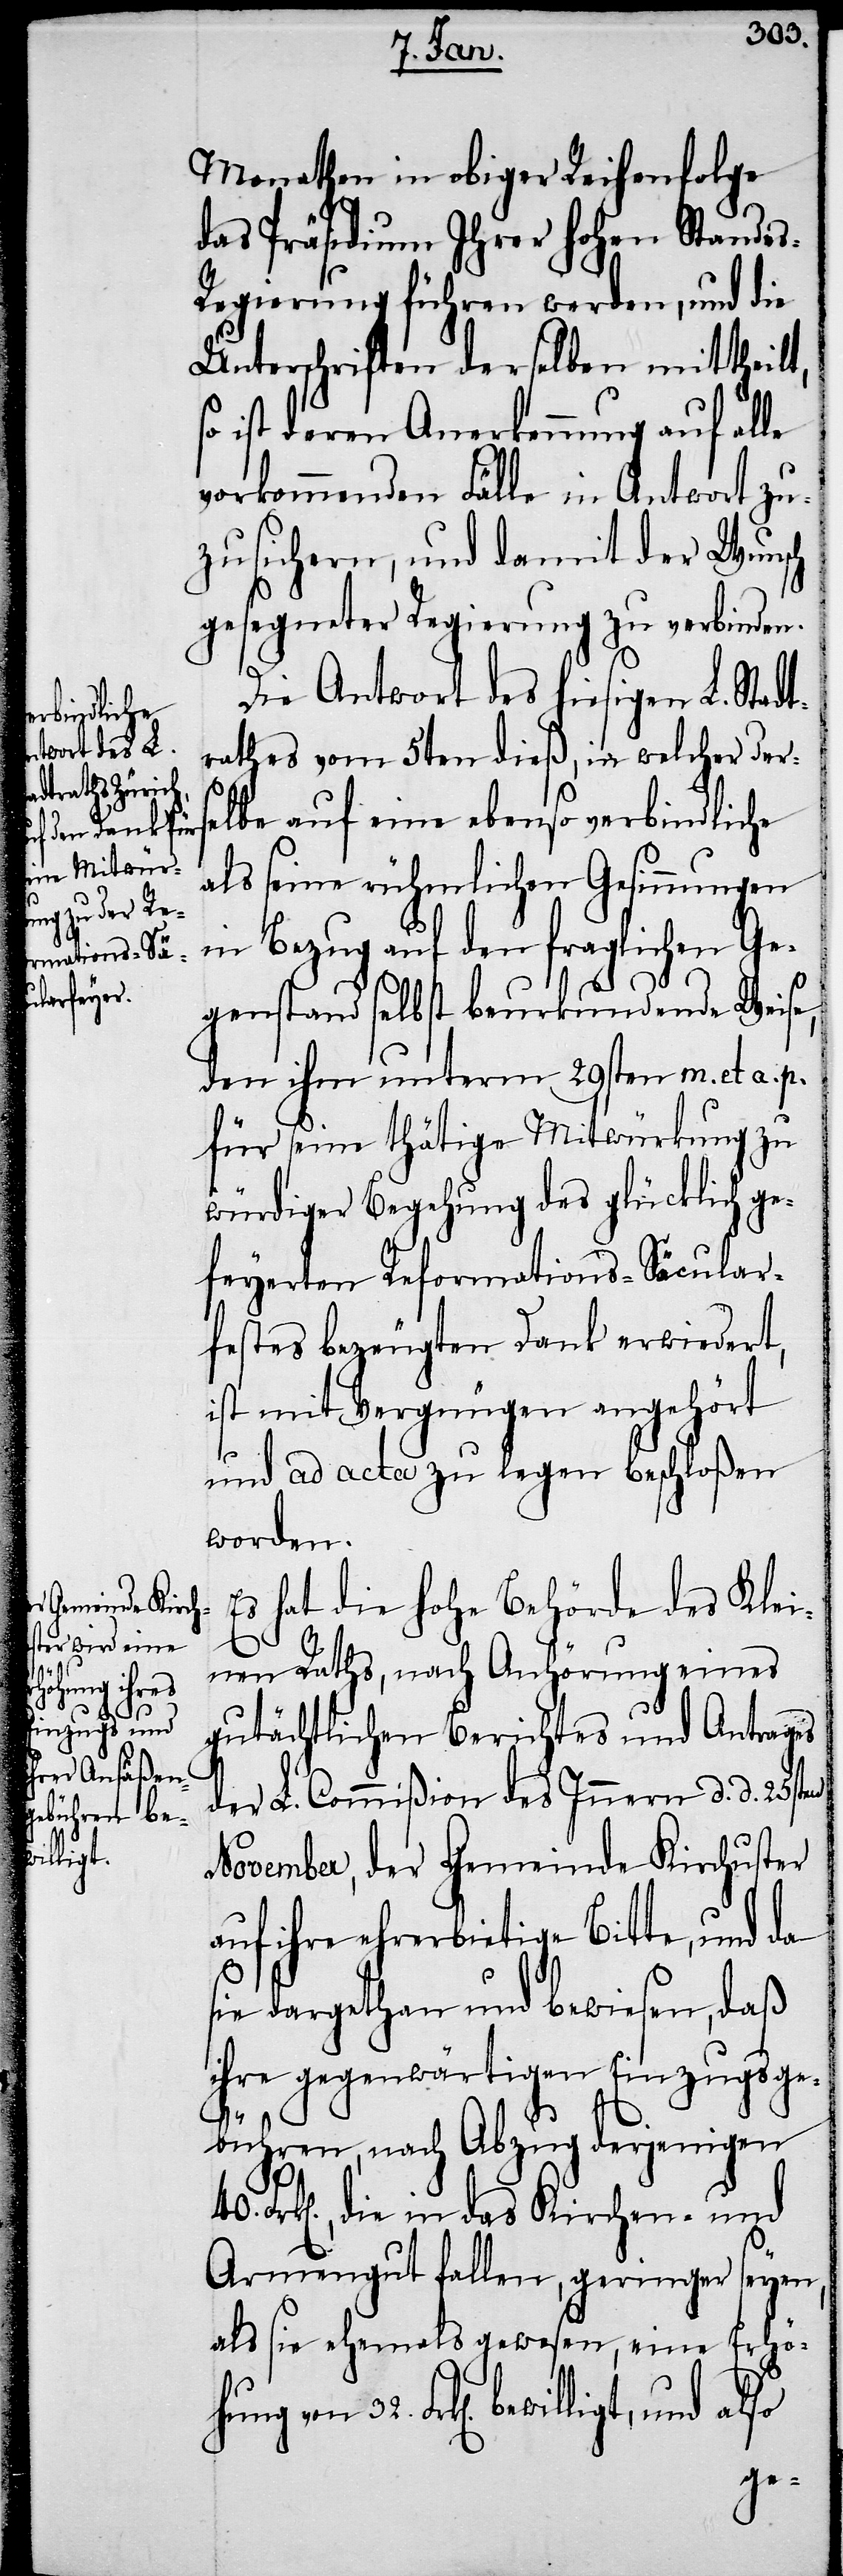
Monathen in obiger Reihenfolge
das Präsidium Ihrer hohen Standes-R¬
egierung führen werden, und die
Unterschriften derselben mittheilt,
so ist deren Anerkennung auf alle
vorkommenden Fälle in Antwort zu¬
zusichern, und damit der Wunsch
gesegneter Regierung zu verbinden.
Die Antwort des hiesigen L. Stadt¬
rathes vom 5ten dieß, in welcher ders¬
elbe auf eine ebenso verbindliche
als seine rühmlichen Gesinnungen
in Bezug auf den fraglichen Ge¬
genstand selbst beurkundende Weise,
den ihm unterm 29sten m. et a. p.
für seine thätige Mitwürkung zu
würdiger Begehung des glücklich ge¬
feyerten Reformations-Säcular¬
festes bezeugten Dank erwiedert,
ist mit Vergnügen angehört
und ad acta zu legen beschloßen
worden.
Es hat die hohe Behörde des Klei¬
nen Raths, nach Anhörung eines
gutächtlichen Berichtes und Antrages
der L. Commißion des Innern d. d. 25sten
November, der Gemeinde Kirchuster
auf ihre ehrerbietige Bitte, und da
sie dargethan und bewiesen, daß
ihre gegenwärtigen Einzugsge¬
bühren, nach Abzug derjenigen
Frk[en]., die in das Kirchen- und
Armengut fallen, geringer seyen,
als sie ehemals gewesen, eine Erhöhung
Frk[en]. bewilligt, und also